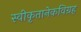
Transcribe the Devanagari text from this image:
स्वीकृतानेकविग्रह